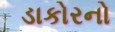
ડાકોરનો